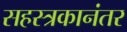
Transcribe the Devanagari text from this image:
सहस्त्रकानंतर